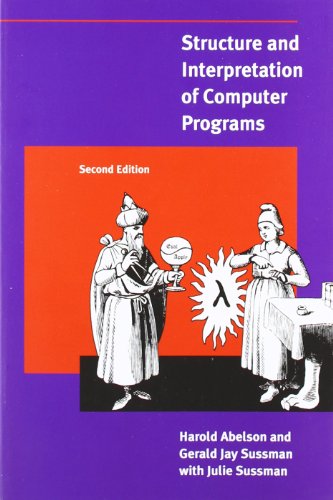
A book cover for Structure and Interpretation of Computer Programs - 2nd Edition (MIT Electrical Engineering and Computer Science); Harold Abelson; Computers & Technology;